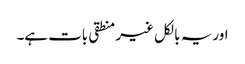
اور یہ بالکل غیر منطقی بات ہے۔